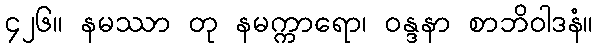
၄၂၆။ နမဿာ တု နမက္ကာရော၊ ဝန္ဒနာ စာဘိဝါဒနံ။